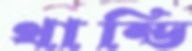
থান্ডি